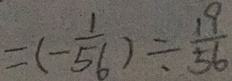
= ( - \frac { 1 } { 5 6 } ) \div \frac { 1 9 } { 5 6 }